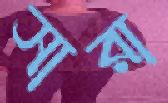
সারা